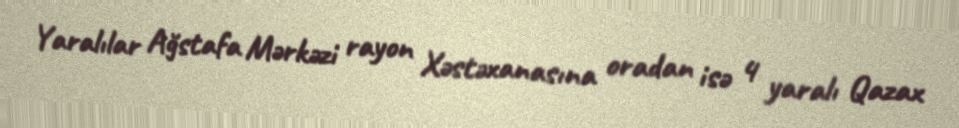
Yaralılar Ağstafa Mərkəzi rayon Xəstəxanasına oradan isə 4 yaralı Qazax